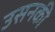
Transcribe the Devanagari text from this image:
उसनकी